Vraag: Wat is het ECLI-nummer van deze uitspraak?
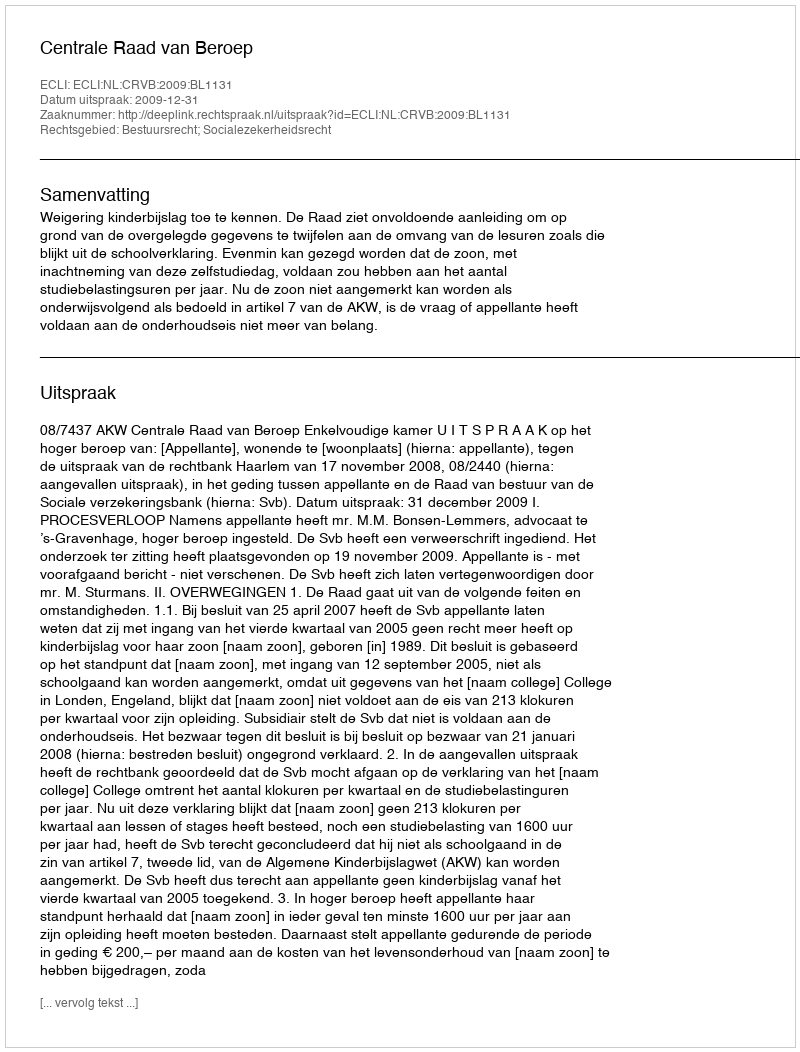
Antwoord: ECLI:NL:CRVB:2009:BL1131